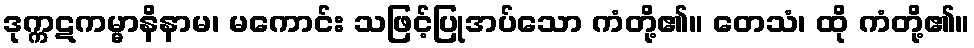
ဒုက္ကဋကမ္မာနိနာမ၊ မကောင်း သဖြင့်ပြုအပ်သော ကံတို့၏။ တေသံ၊ ထို ကံတို့၏။